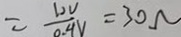
= \frac { 1 2 V } { 0 . 4 V } = 3 0 \Omega